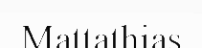
Mattathias